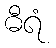
ဓီရံ